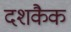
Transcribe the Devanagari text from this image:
दशकैक